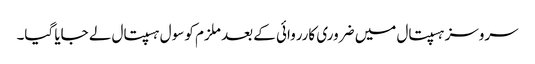
سروسز ہسپتال میں ضروری کارروائی کے بعد ملزم کو سول ہسپتال لے جایا گیا۔